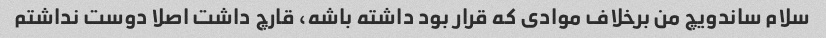
سلام ساندویچ من برخلاف موادی که قرار بود داشته باشه، قارچ داشت اصلا دوست نداشتم